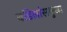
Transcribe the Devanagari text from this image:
वडिलांसमुखा